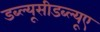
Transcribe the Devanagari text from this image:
डब्ल्यूसीडब्ल्यूए